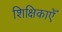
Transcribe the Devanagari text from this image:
शिक्षिकाएँ